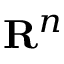
{ \mathbf { R } } ^ { n }